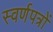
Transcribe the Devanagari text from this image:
स्वर्णपत्रों